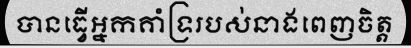
បានធ្វើអ្នកគាំទ្ររបស់នាងពេញចិត្ត